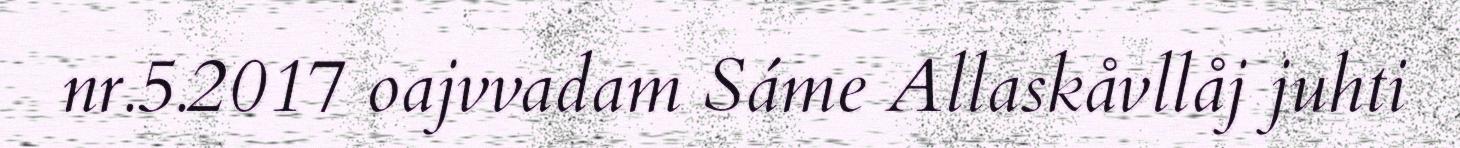
nr.5.2017 oajvvadam Sáme Allaskåvllåj juhti